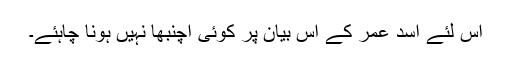
اس لئے اسد عمر کے اس بیان پر کوئی اچنبھا نہیں ہونا چاہئے۔